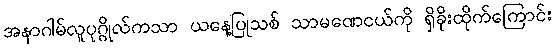
အနာဂါမ်လူပုဂ္ဂိုလ်ကသာ ယနေ့ပြုသစ် သာမဏေငယ်ကို ရှိခိုးထိုက်ကြောင်း